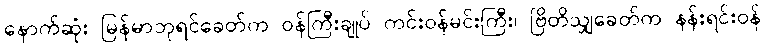
နောက်ဆုံး မြန်မာဘုရင်ခေတ်က ဝန်ကြီးချုပ် ကင်းဝန်မင်းကြီး၊ ဗြိတိသျှခေတ်က နန်းရင်းဝန်